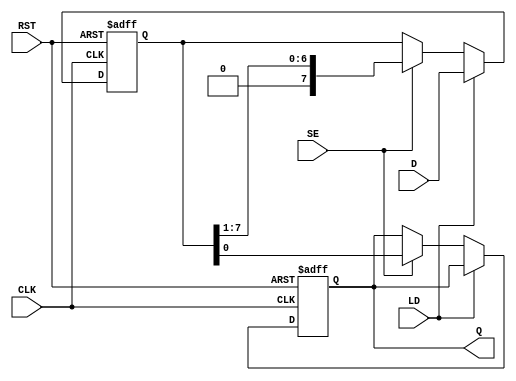
module piso_register #(
    parameter WIDTH = 8  // Parameter for the width of the register
)(
    input wire [WIDTH-1:0] D,   // Parallel data input
    input wire SE,               // Shift Enable signal
    input wire LD,               // Load signal
    input wire CLK,              // Clock signal
    input wire RST,              // Asynchronous reset
    output reg Q                // Serial output
);

    // Internal register to hold the multiple bits
    reg [WIDTH-1:0] shift_reg;

    always @(posedge CLK or posedge RST) begin
        if (RST) begin
            // Asynchronous reset
            shift_reg <= 0;
            Q <= 0;
        end else if (LD) begin
            // Load the parallel data into the register
            shift_reg <= D;
        end else if (SE) begin
            // Shift operation
            Q <= shift_reg[0]; // Output the LSB
            shift_reg <= {1'b0, shift_reg[WIDTH-1:1]}; // Shift right
        end
    end

endmodule